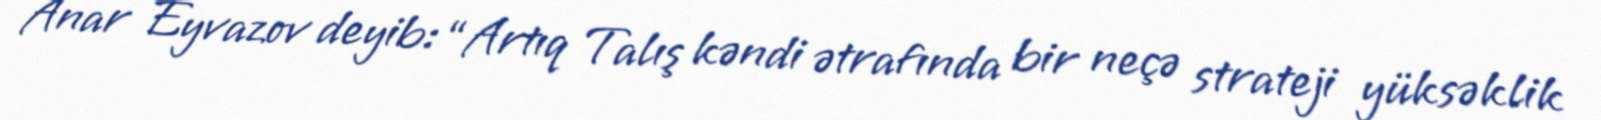
Anar Eyvazov deyib: “Artıq Talış kəndi ətrafında bir neçə strateji yüksəklik